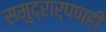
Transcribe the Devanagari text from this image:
समुद्रार्पणही